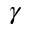
\gamma